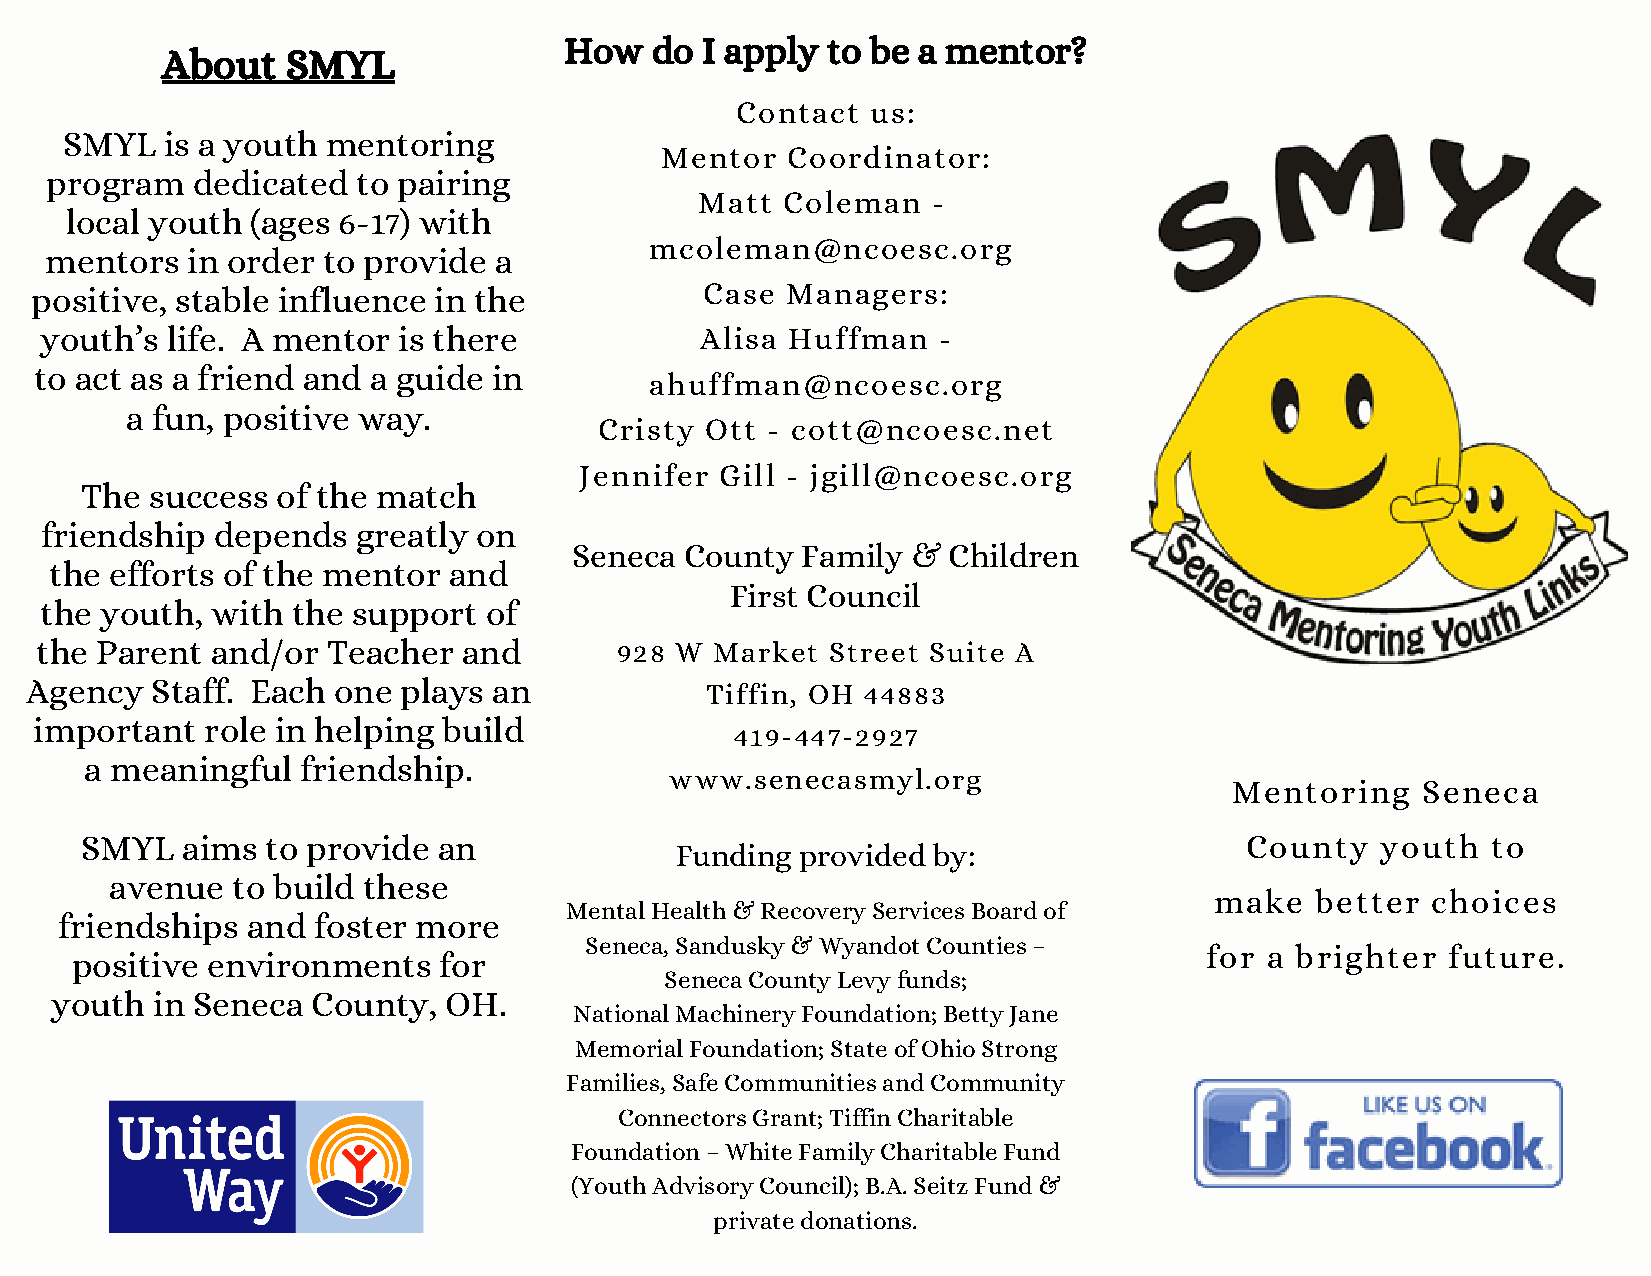
How   do I apply  to be a mentor?
 About   SMYL
 Contact  us:
 SMYL   is a youth mentoring
 Mentor  Coordinator:
 program   dedicated  to pairing
 Matt  Coleman   -
 local youth  (ages 6-17) with
 mcoleman@ncoesc.org
 mentors  in order to provide  a
 positive, stable influence in the            Case Managers:
 youth’s life. A mentor is there            Alisa Huffman   -
 to act as a friend and a guide in
 ahuffman@ncoesc.org
 a fun, positive way.
 Cristy Ott - cott@ncoesc.net
 Jennifer  Gill - jgill@ncoesc.org
 The  success of the match
 friendship depends   greatly on
 Seneca County  Family &  Children
 the efforts of the mentor  and
 First Council
 the youth, with the support  of
 the Parent  and/or  Teacher  and       928 W Market  Street Suite A
 Agency  Staff. Each one plays  an            Tiffin, OH 44883
 important   role in helping build
 419-447-2927
 a meaningful  friendship.
 www.senecasmyl.org
 Mentoring   Seneca
 SMYL   aims  to provide an                                                   County   youth   to
 Funding provided by:
 avenue  to build these
 make   better  choices
 Mental Health & Recovery Services Board of
 friendships and  foster more
 Seneca, Sandusky & Wyandot Counties –
 for a brighter  future.
 positive environments   for
 Seneca County Levy funds;
 youth  in Seneca  County, OH.
 National Machinery Foundation; Betty Jane
 Memorial Foundation; State of Ohio Strong
 Families, Safe Communities and Community
 Connectors Grant; Tiffin Charitable
 Foundation – White Family Charitable Fund
 (Youth Advisory Council); B.A. Seitz Fund &
 private donations.